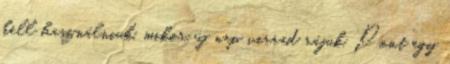
kell használniuk, mikor új nap virrad rájuk. Pont egy